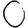
Digit: 0